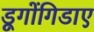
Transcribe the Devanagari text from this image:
डूगोंगिडाए